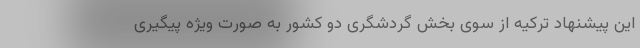
این پیشنهادِ ترکیه از سوی بخش گردشگری دو کشور به صورت ویژه پیگیری